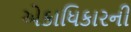
એકાધિકારની